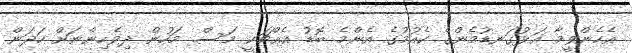
އެހެންވީމާ އަޅުގަނޑުމެންގެ ކެއުމުގެ އެންމެ ބޮޑު އެއްޗަކީ މަސް. މަހުން ދިވެހިންނަށް ހަދަން